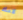
لامك